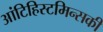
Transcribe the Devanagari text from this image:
आंटिहिस्टमिन्सकी